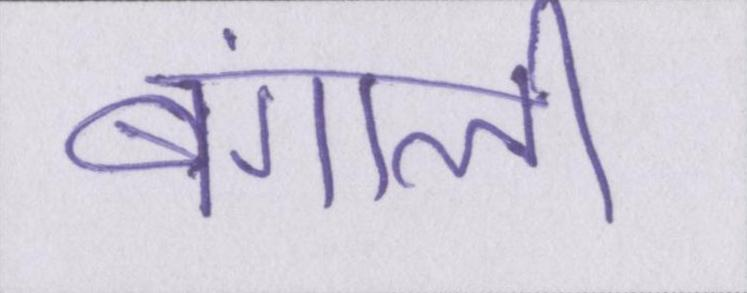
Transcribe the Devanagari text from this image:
बंगाली